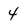
Character: 4